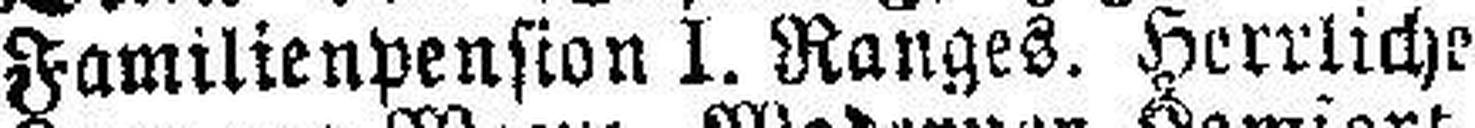
Familienpension 1. Ranges. Herrliche